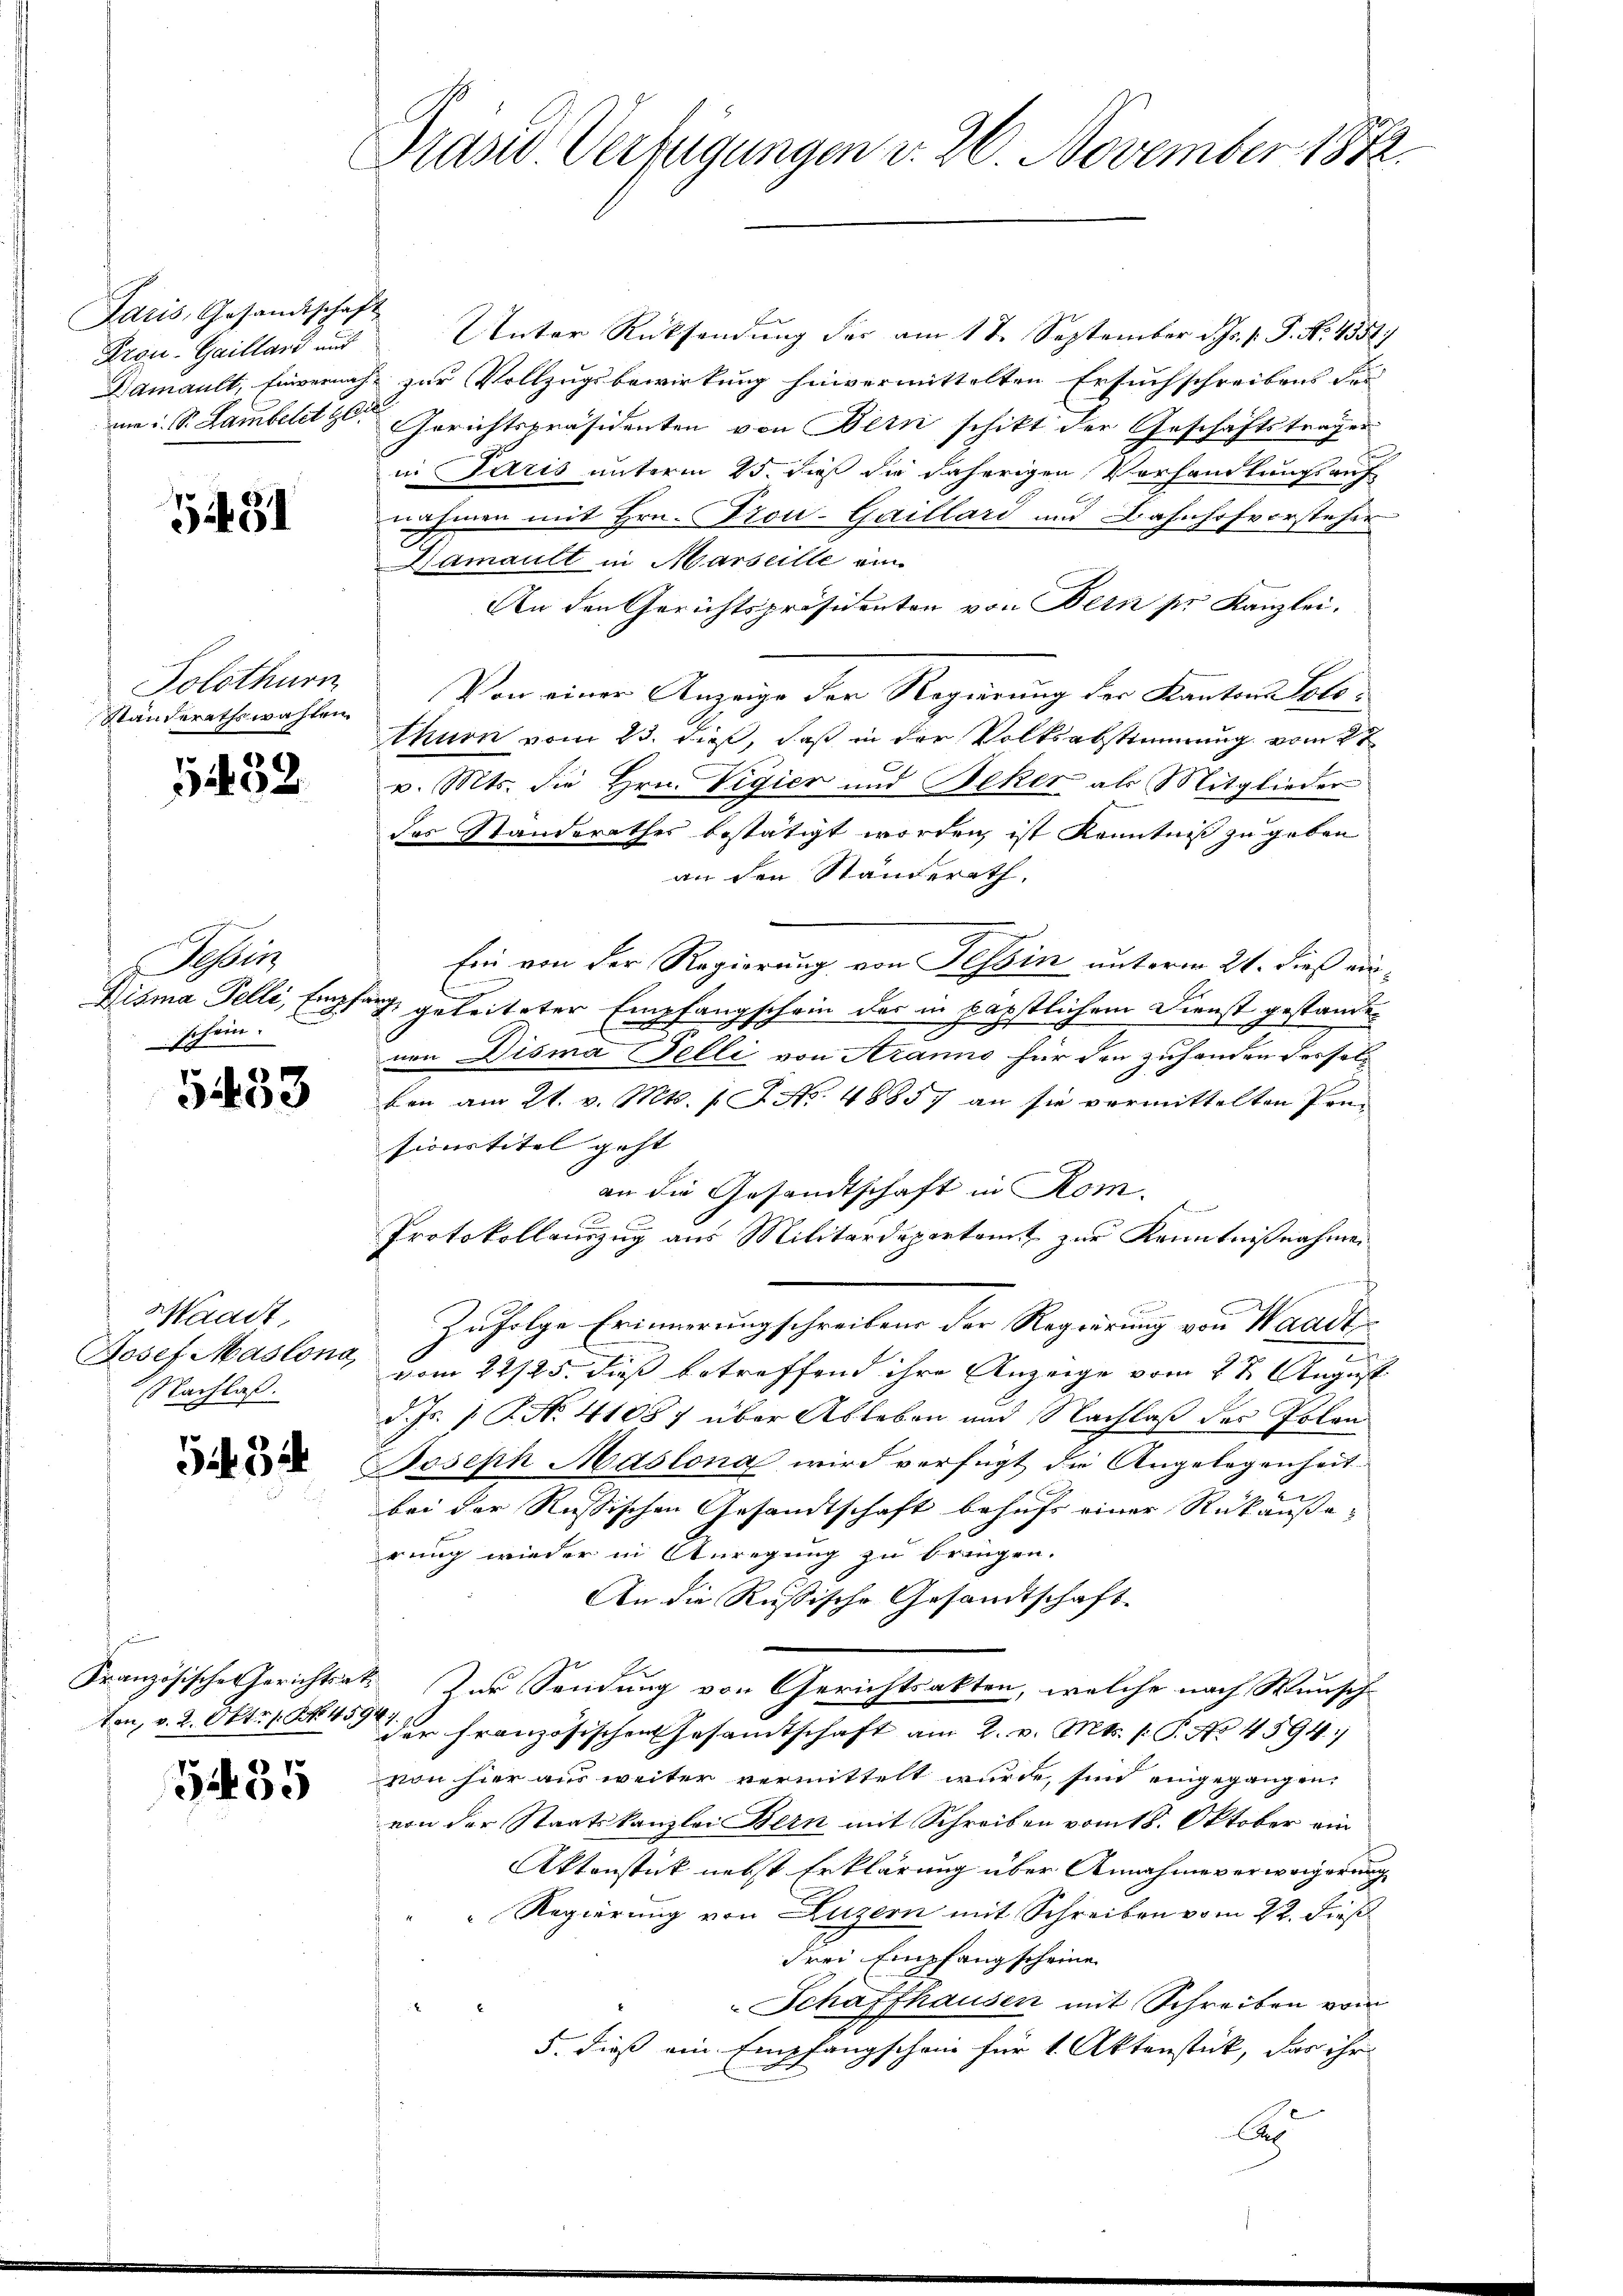
Paris, Gesandtschaft
Kron-Gaillard auf

5431

Solothurn
Ständerathswahlen.

51432

Tessin
Disma Felli, Empf
schein.

5433

Maast
Hoset Maslona
Nachlaß.

332.

s

3235

Prüsd Verfügungen d. 26. November 1882.

Unter Rücksendung der am 11. September d. Js. p. P. Nr. 4551)
Damault, Einvernach zur Vollzugsbewirkung hinvermittelten Ersuchschreibens der
nm i. S. Lambeld  Gerichtspräsidenten von Bern schikt der Geschäftstragen
in Paris unterm 25. dieß die daherigen Verhandlungsauf
nahmen mit Hrn. Trou-Gaillard und Bahnhofvorsteher
Namault in Marseille ein
An den Gerichtspräsidenten von Dein pr Kanzlei.
Von einer Anzeige der Regierung der Kantons Solothurn vom 23. dieß, daß in der Volksabstimmung vom 2t
v. Mts. die Hrn. Vigier und Beker als Mitglieder
das Standerathes bestätigt worden, ist Kenntniß zu geben
an den Ständerath,
Ein von der Regierung von Tessin unterm 21. dieß ein¬
 geleiteter Empfangschein des in päpstlichem Dienst gestandet
7
nen Disma Felli von Aranno für den zuhanden dessele
ben am 21. v. Mts. 12. No. 48857 an sie vormittelten Pann
sionstitel geht |
an die Gesandtschaft in Rom.
Protokollauszug aus Militärdepartamt zur Kenntnißnahmen

Zufolge Erinnerungschreibens der Regierung von Waadt
vom 22/25. dieß betreffend ihre Anzeige vom 2 t August
d. Js. 1 P. No. 41057 über Ableben und Nachlaß des Polen
Joseph Maslona wird verfügt die Angelegenheit
bei der Russischen Gesandtschaft behufs einer Rückäußerung wieder in Anregung zu bringen.
An die Russische Gesandtschaft
Französische Gerichtsat. Zur Sendung von Gerichtsakten, welche nach Wunschten, v. 2. Okt. 1 S. 49 der französischen Gesamtschaft am 2. v. Mts. f. P. No. 4594)
von hier aus weiter vermittelt wurde, sind eingegangen,
von der Staatskanzlei Bern mit Schreiben vom 18. Oktober ein
Aktenstück nebst Erklärung über Annahmeverweigerung
Regierung von Luzern mit Schreiben vom 22. dieß
Frei Empfang scheine
Schaffhausen mit Schreiben vom
5. dieß ein Empfangschein für 1. Aktenstück, das ihr
A